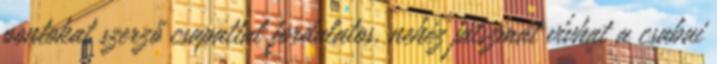
pontokat szerző csapattal fordulatos, nehéz játszmát vívhat a csabai